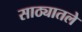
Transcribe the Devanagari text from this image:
साठ्यातले